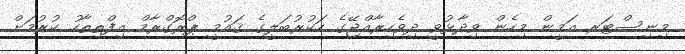
މިނިސްޓަރ އަމީން މިހެން ވިދާޅުވީ ދިވެހިރާއްޖޭގެ ހަކުރުބަލީގެ ޤައުމީ ޕްރޮގްރާމް އިފްތިތާހު ކުރުމަށް